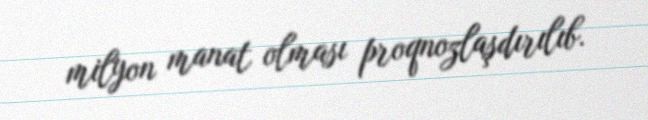
milyon manat olması proqnozlaşdırılıb.